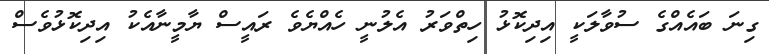
ގިނަ ބައެއްގެ ސުވާލަކީ އިދިކޮޅު ހިތްވަރު އެލުނީ ހެއްޔެވެ ރައީސް ޔާމީނާއެކު އިދިކޮޅުވެސް